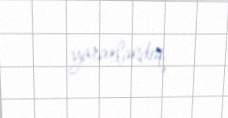
yararlandıq.